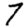
Digit: 7